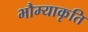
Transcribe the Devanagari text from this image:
भौम्याकृति